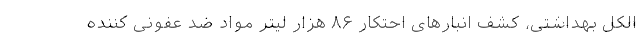
الکل‌ بهداشتی، کشف انبارهای احتکار ۸۶ هزار لیتر مواد ضد عفونی کننده